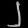
Digit: ၂